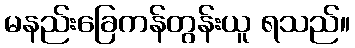
မနည်းခြေကန်တွန်းယူ ရသည်။